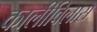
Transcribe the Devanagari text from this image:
कालीविलास